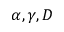
\alpha , \gamma , D